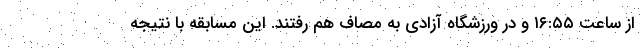
از ساعت ۱۶:۵۵ و در ورزشگاه آزادی به مصاف هم رفتند. این مسابقه با نتیجه